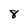
Character: 8